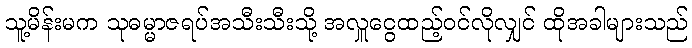
သူ့မိန်းမက သုဓမ္မာဇရပ်အသီးသီးသို့ အလှူငွေထည့်ဝင်လိုလျှင် ထိုအခါများသည်